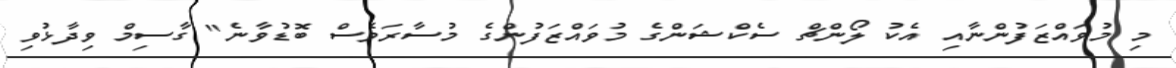
މި މުވައްޒަފުންނާއި އެކު ލޯންޗް ސެކްޝަންގެ މުވައްޒަފުންގެ މުސާރަވެސް ބޮޑުވާނެ" ގާސިމް ވިދާޅުވި